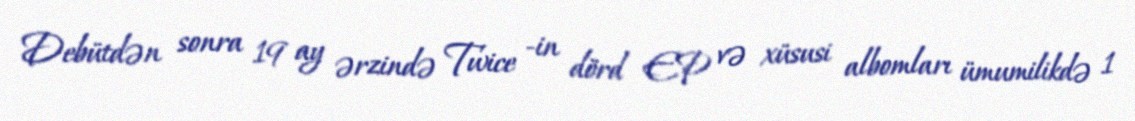
Debütdən sonra 19 ay ərzində Twice -in dörd EP və xüsusi albomları ümumilikdə 1